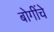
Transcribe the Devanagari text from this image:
बोगींचे